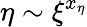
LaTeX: \eta\sim\xi^{x_{\eta}}